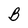
Character: B